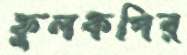
ফুলকপির